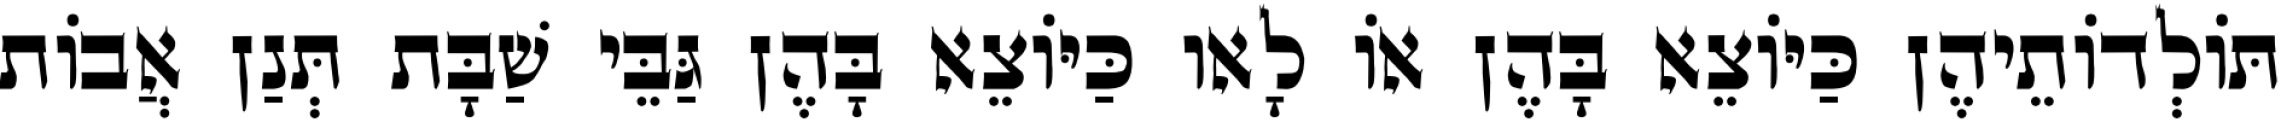
תּוֹלְדוֹתֵיהֶן כַּיּוֹצֵא בָּהֶן אוֹ לָאו כַּיּוֹצֵא בָּהֶן גַּבֵּי שַׁבָּת תְּנַן אֲבוֹת